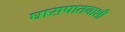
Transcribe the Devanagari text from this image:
घासपातनाशी